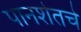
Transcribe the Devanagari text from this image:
पानशेतचे